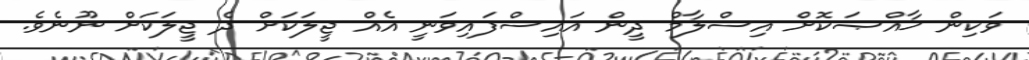
ވަކިން ޚާއްޞަކޮށް އިސްލާމް ދީން އައިސްފައިވަނީ އެއް ޖީލަކަށް ދެ ޖީލަކަށް ނޫނެވެ.